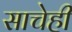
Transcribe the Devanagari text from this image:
साचेही